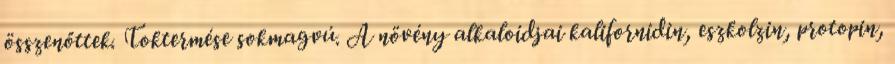
összenőttek. Toktermése sokmagvú. A növény alkaloidjai kalifornidin, eszkolzin, protopin,